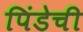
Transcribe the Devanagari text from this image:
पिंडेची